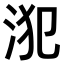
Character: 𣳜